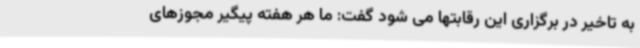
به تاخیر در برگزاری این رقابتها می شود گفت: ما هر هفته پیگیر مجوزهای